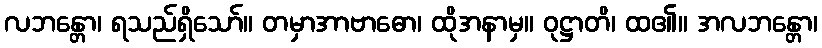
လဘန္တော၊ ရသည်ရှိသော်။ တမှာအာဗာဓော၊ ထိုအနာမှ။ ဝုဋ္ဌာတိ၊ ထ၏။ အလဘန္တော၊